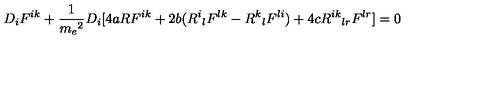
D _ { i } F ^ { i k } + \frac { 1 } { { m _ { e } } ^ { 2 } } D _ { i } [ 4 a R F ^ { i k } + 2 b ( { R ^ { i } } _ { l } F ^ { l k } - { R ^ { k } } _ { l } F ^ { l i } ) + 4 c { R ^ { i k } } _ { l r } F ^ { l r } ] = 0